Proceedings of the meeting of veterinary officers in India
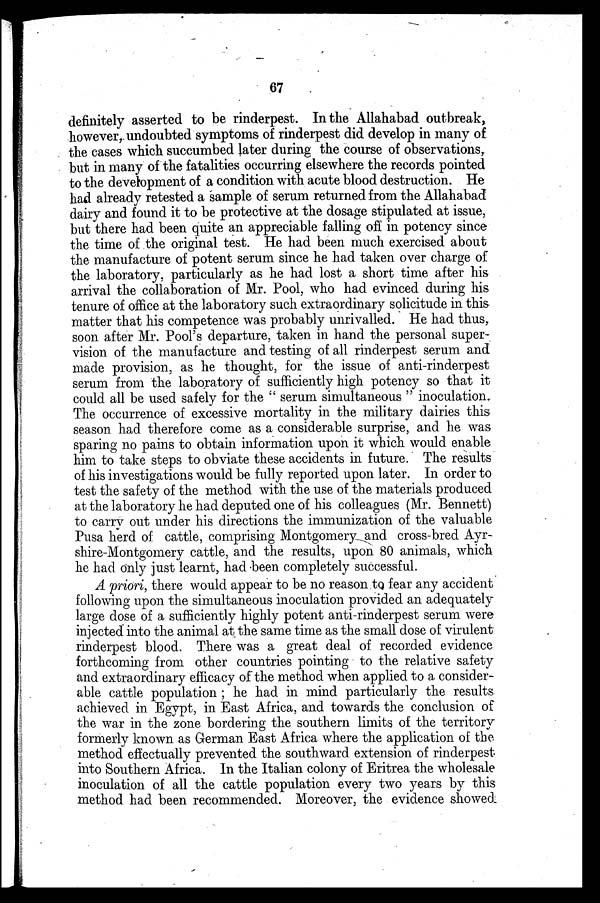
67
definitely asserted to be rinderpest. In the Allahabad outbreak,
however, undoubted symptoms of rinderpest did develop in many of
the cases which succumbed later during the course of observations,
but in many of the fatalities occurring elsewhere the records pointed
to the development of a condition with acute blood destruction. He
had already retested a sample of serum returned from the Allahabad
dairy and found it to be protective at the dosage stipulated at issue,
but there had been quite an appreciable falling off in potency since
the time of the original test. He had been much exercised about
the manufacture of potent serum since he had taken over charge of
the laboratory, particularly as he had lost a short time after his
arrival the collaboration of Mr. Pool, who had evinced during his
tenure of office at the laboratory such extraordinary solicitude in this
matter that his competence was probably unrivalled. He had thus,
soon after Mr. Pool's departure, taken in hand the personal super-
vision of the manufacture and testing of all rinderpest serum and
made provision, as he thought, for the issue of anti-rinderpest
serum from the laboratory of sufficiently high potency so that it
could all be used safely for the "serum simultaneous" inoculation.
The occurrence of excessive mortality in the military dairies this
season had therefore come as a considerable surprise, and he was
sparing no pains to obtain information upon it which would enable
him to take steps to obviate these accidents in future. The results
of his investigations would be fully reported upon later. In order to
test the safety of the method with the use of the materials produced
at the laboratory he had deputed one of his colleagues (Mr. Bennett)
to carry out under his directions the immunization of the valuable
Pusa herd of cattle, comprising Montgomery and cross-bred Ayr-
shire-Montgomery cattle, and the results, upon 80 animals, which
he had only just learnt, had been completely successful.
A priori, there would appear to be no reason to fear any accident
following upon the simultaneous inoculation provided an adequately
large dose of a sufficiently highly potent anti-rinderpest serum were
injected into the animal at the same time as the small dose of virulent
rinderpest blood. There was a great deal of recorded evidence
forthcoming from other countries pointing to the relative safety
and extraordinary efficacy of the method when applied to a consider-
able cattle population; he had in mind particularly the results
achieved in Egypt, in East Africa, and towards the conclusion of
the war in the zone bordering the southern limits of the territory
formerly known as German East Africa where the application of the
method effectually prevented the southward extension of rinderpest
into Southern Africa. In the Italian colony of Eritrea the wholesale
inoculation of all the cattle population every two years by this
method had been recommended. Moreover, the evidence showed.